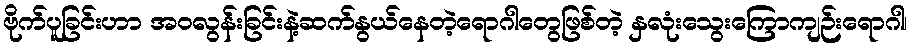
ဗိုက်ပူခြင်းဟာ အဝလွန်းခြင်းနဲ့ဆက်နွယ်နေတဲ့ရောဂါတွေဖြစ်တဲ့ နှလုံးသွေးကြောကျဉ်းရောဂါ၊